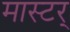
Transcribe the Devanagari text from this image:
मास्टर्